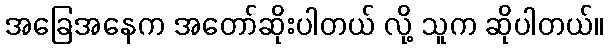
အခြေအနေက အတော်ဆိုးပါတယ် လို့ သူက ဆိုပါတယ်။